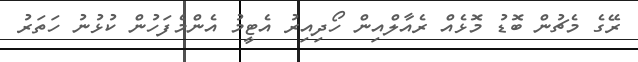
ރޭގެ މެޗުން ބޮޑު މޮޅެއް ރެއާލްއިން ހޯދިއިރު އެޓީމު އެންމެފަހުން ކުޅުނު ހަތަރު